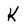
Character: K